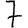
Digit: 7